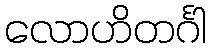
လောဟိတင်္ဂါ